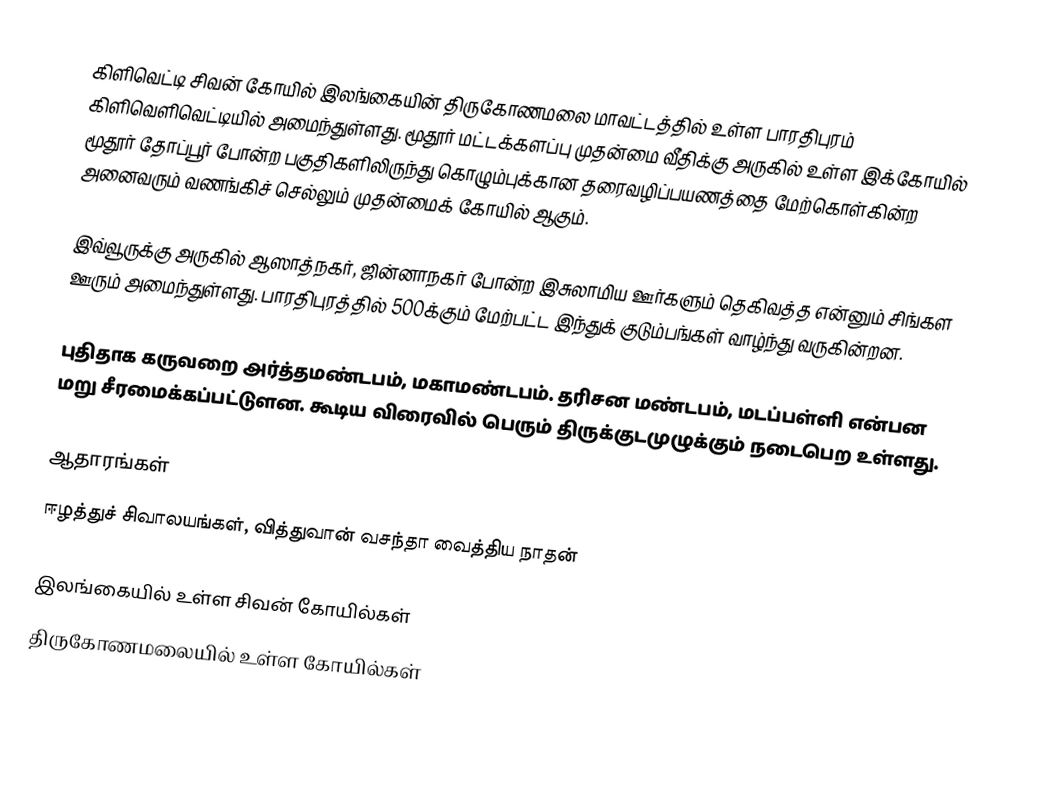
கிளிவெட்டி சிவன் கோயில் இலங்கையின் திருகோணமலை மாவட்டத்தில் உள்ள பாரதிபுரம் கிளிவெளிவெட்டியில் அமைந்துள்ளது. மூதூர் மட்டக்களப்பு முதன்மை வீதிக்கு அருகில் உள்ள இக்கோயில் மூதூர் தோப்பூர் போன்ற பகுதிகளிலிருந்து கொழும்புக்கான தரைவழிப்பயணத்தை மேற்கொள்கின்ற அனைவரும் வணங்கிச் செல்லும் முதன்மைக் கோயில் ஆகும்.

இவ்வூருக்கு அருகில் ஆஸாத்நகர், ஜின்னாநகர் போன்ற இசுலாமிய ஊர்களும் தெகிவத்த என்னும் சிங்கள ஊரும் அமைந்துள்ளது. பாரதிபுரத்தில் 500க்கும் மேற்பட்ட இந்துக் குடும்பங்கள் வாழ்ந்து வருகின்றன.

புதிதாக கருவறை அர்த்தமண்டபம், மகாமண்டபம். தரிசன மண்டபம், மடப்பள்ளி என்பன மறு சீரமைக்கப்பட்டுளன. கூடிய விரைவில் பெரும் திருக்குடமுழுக்கும் நடைபெற உள்ளது.

ஆதாரங்கள்
ஈழத்துச் சிவாலயங்கள், வித்துவான் வசந்தா வைத்திய நாதன்

இலங்கையில் உள்ள சிவன் கோயில்கள்
திருகோணமலையில் உள்ள கோயில்கள்